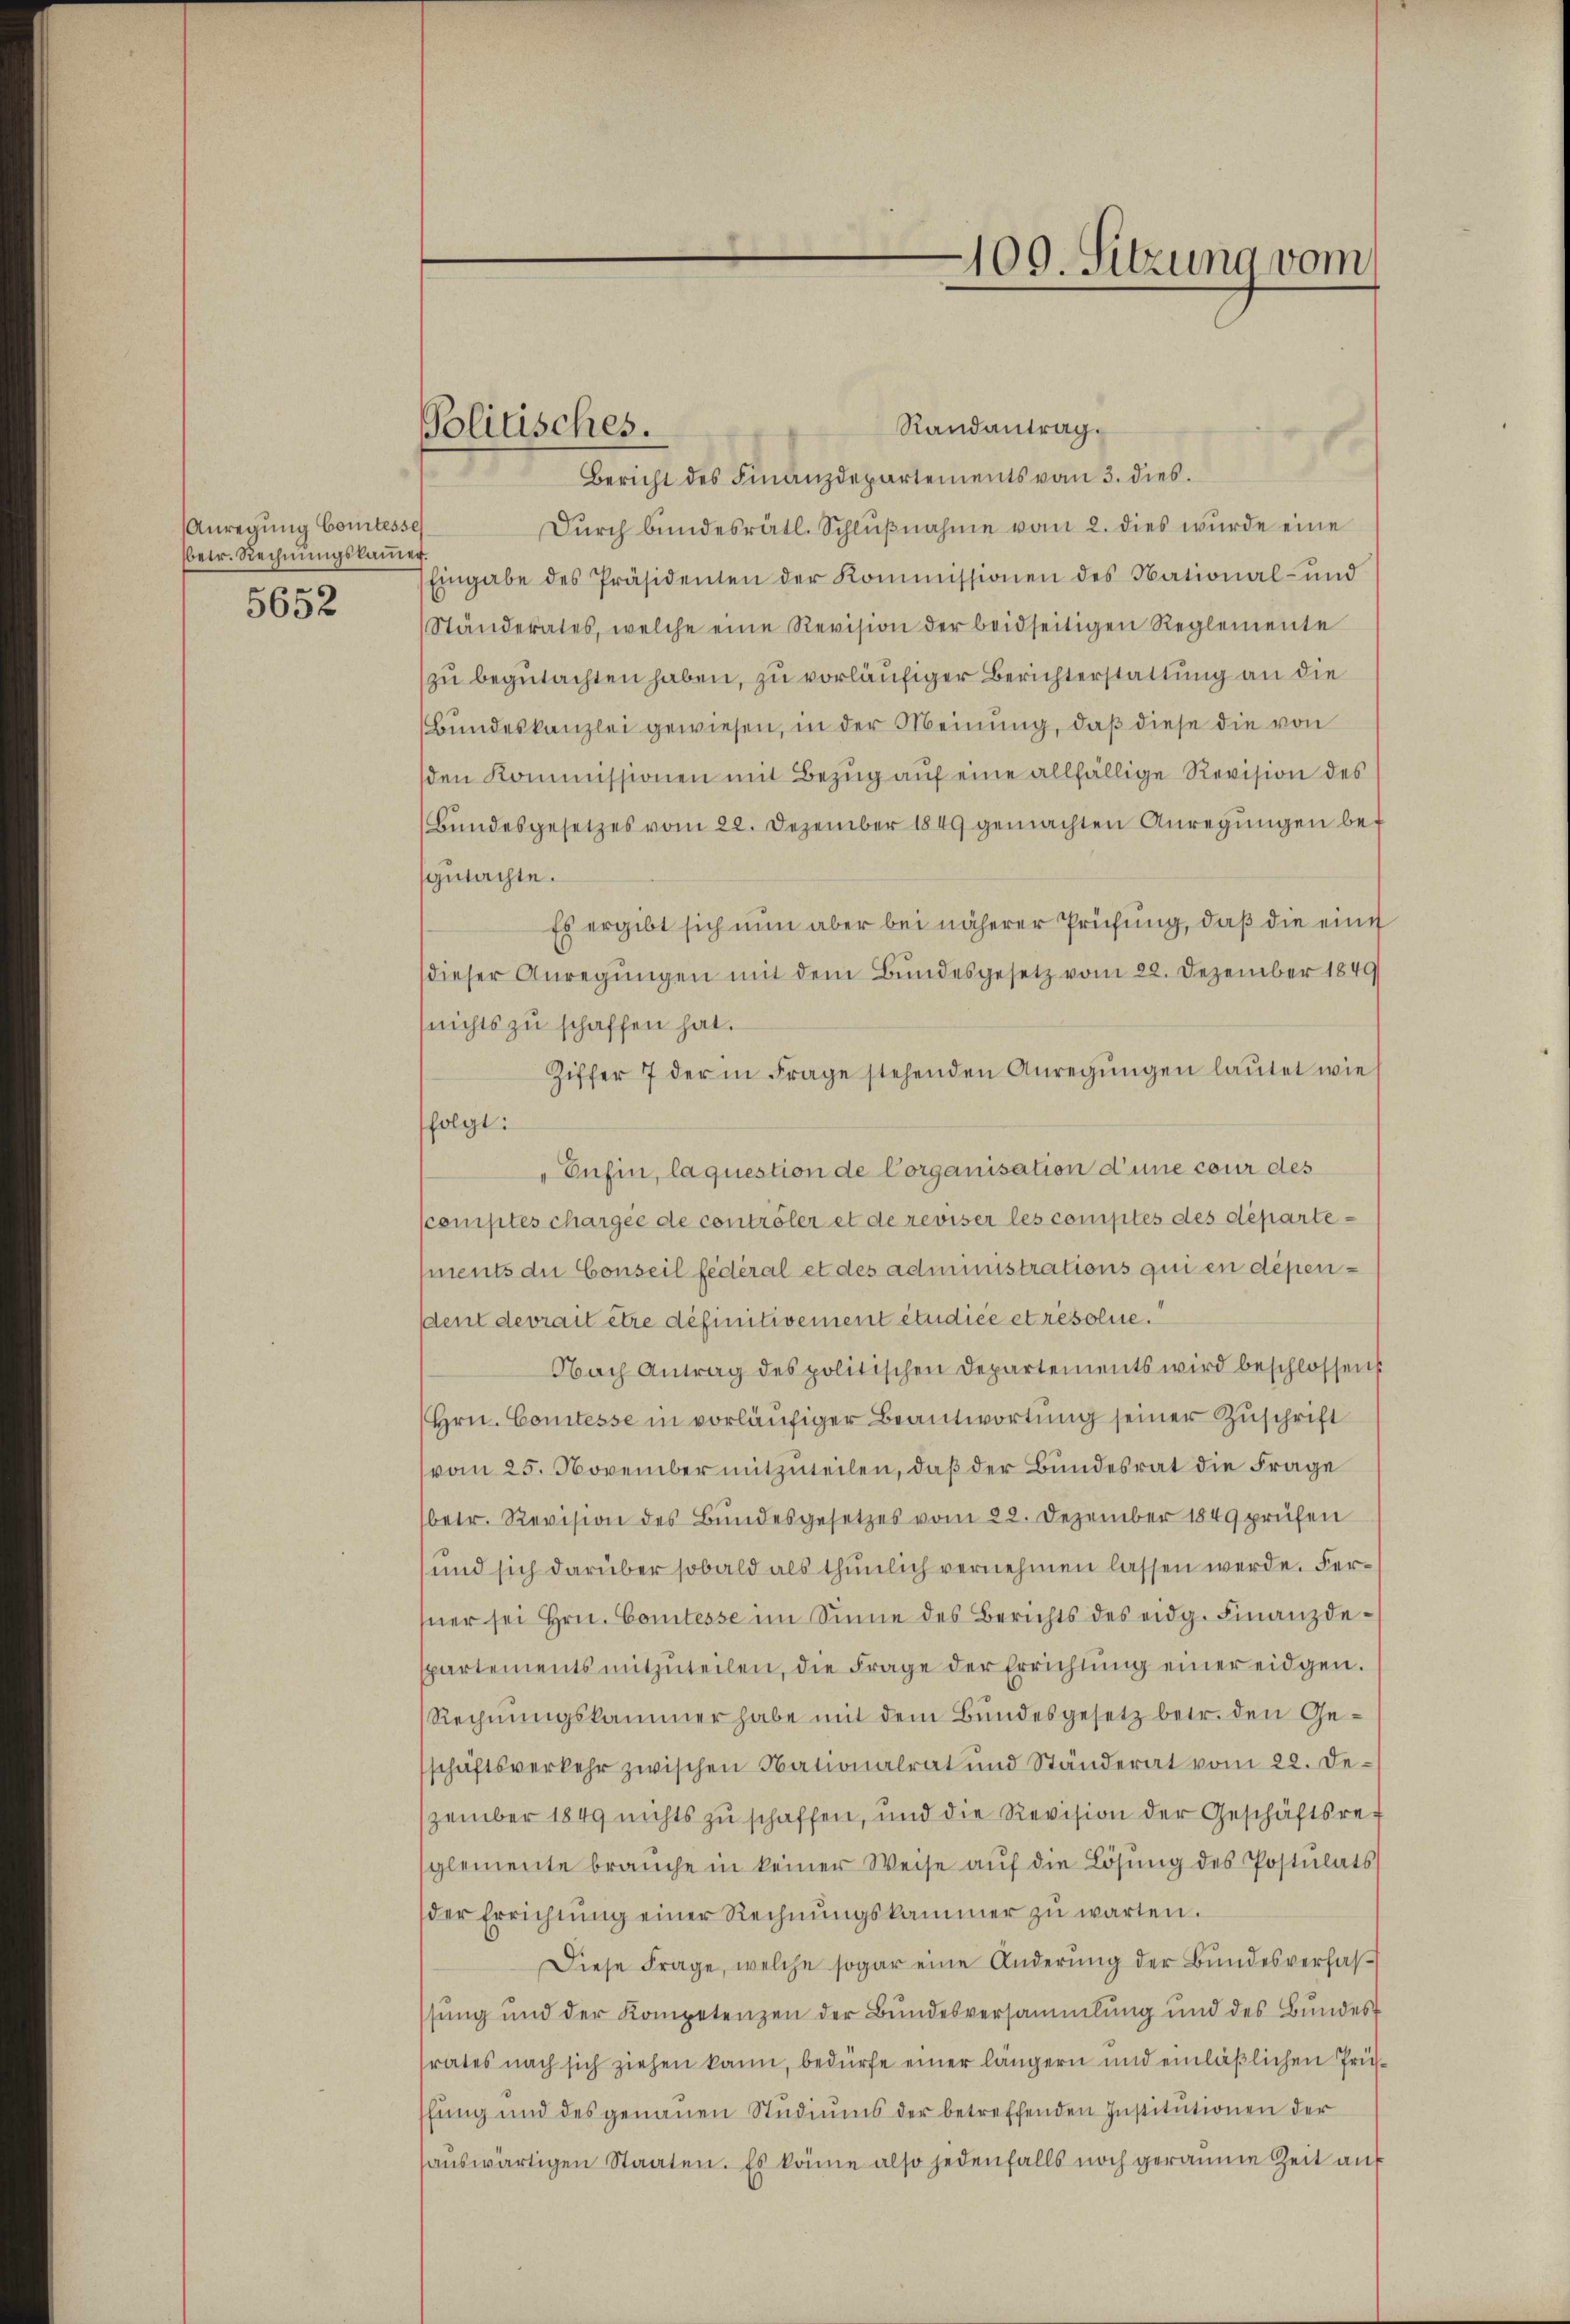
Anregung Comtesse
betr. Rechnungskammer.
5652

Politisches.

Randantrag.
Bericht des Finanzdepartements vom 3. dies
Dŭrch bundesrätl. Schlŭβnahme vom 2. dies wurde eine
Eingabe des Präsidenten der Kommissionen des National- und
Ständerates, welche eine Revision der beidseitigen Reglemente
zu begutachten haben, zu vorläufiger Berichterstattung an die
Bundeskanzlei gewiesen, in der Meinung, daß diese die von
den Kommissionen mit Bezŭg aŭf eine allfällige Revision des
Bundesgesetzes vom 22. Dezember 1849 gemachten Anregungen besgutachte.
Es ergibt sich nun aber bei näherer Prüfung, daß die eine
dieser Anregŭngen mit dem Bundesgesetz vom 22. Dezember 1849
(nichts zu schaffen hat.
Ziffer 7 der in Frage stehenden Anregŭngen lautet wie
folgt:
Enfin, laquestion de Corganisation d’une cour des
comptes chargee de controler et de reviser les comptes des departements die Conseil fédéral et des administrations qui en dépendent devrait être définitivement étudice et résolue.
Nach Antrag des politischen Departements wird beschlossen
(Hrn. Comtesse in vorläufiger Beantwortung seiner Zuschrift
vom 25. November mitzuteilen, daß der Bundesrat die Frage
betr. Revision des Bundesgesetzes vom 28. Dezember 1849 prüfen
und sich darüber sobald als thunlich vernehmen lassen werde. Fersner sei Hrn. Comtesse im Sinne des Berichts des eidg. Finanzdepartements mitzŭteilen, die Frage der Errichtŭng einer eidgen.
Rechnŭngskammer habe mit dem Bundesgesetz betr. den Geschäftsverkehr zwischen Nationalrat und Ständerat vom 22. Dezember 1849 nichts zu schaffen, und die Revision der Geschäftsret
glemente brauche in keiner Weise aŭf die Lösung des Postulats
der Errichtŭng einer Rechnŭngskammer zŭ warten.
Diese Frage, welche sogar eine Änderŭng der Bŭndesverfas-
sung und der Kompetenzen der Bundesversammlung und des Bŭndes
srates nach sich ziehen kann, bedürfe einer längern und einläßlichen Trüsfung und des genauen Studiums der betreffenden Institutionen der
sauswärtigen Staaten. Es könne also jedenfalls noch geraume Zeit auf

100. Sitzung vom